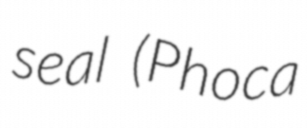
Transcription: seal (Phoca